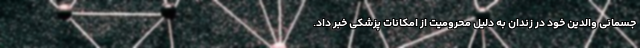
جسمانی والدین خود در زندان به دلیل محرومیت از امکانات پزشکی خبر داد.